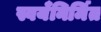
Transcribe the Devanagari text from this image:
स्वयँनिर्मित